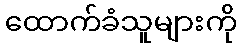
ထောက်ခံသူများကို